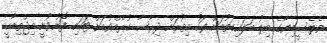
ތެލެސީމިޔާގެ ބިލު ބަލައިގަތުމަށް ފަހު އިތުރަށް ދިރާސާ ކުރެއްވުމަށް ޓަކައި ފޮނުވުނީ އިޖްތިމާޢީ